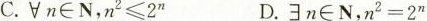
C. $$\foralln \in N,n ^ { 2 }\leq 2 ^ { n }$$ D. $$\existsn \in N,n ^ { 2 } = 2 ^ { n }$$